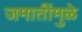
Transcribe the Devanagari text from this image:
जमातींमुळे